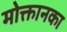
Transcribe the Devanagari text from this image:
मोक्तानका